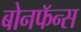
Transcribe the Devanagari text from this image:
बोनफॅन्स